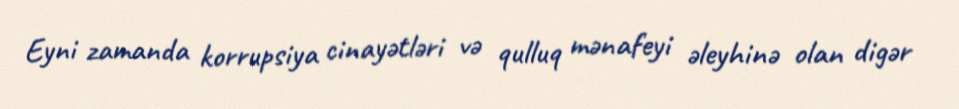
Eyni zamanda korrupsiya cinayətləri və qulluq mənafeyi əleyhinə olan digər